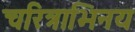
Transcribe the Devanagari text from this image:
चरित्राभिनय